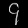
Digit: ၄